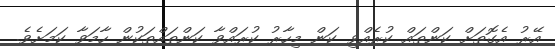
އޭރު އެގޮތަށް ކަންތައް ކުރެއްވި ކަން މިހާރު ކުރައްވާ ކަންތައްތަކުން ހާމަވާ ކަމަށެވެ.